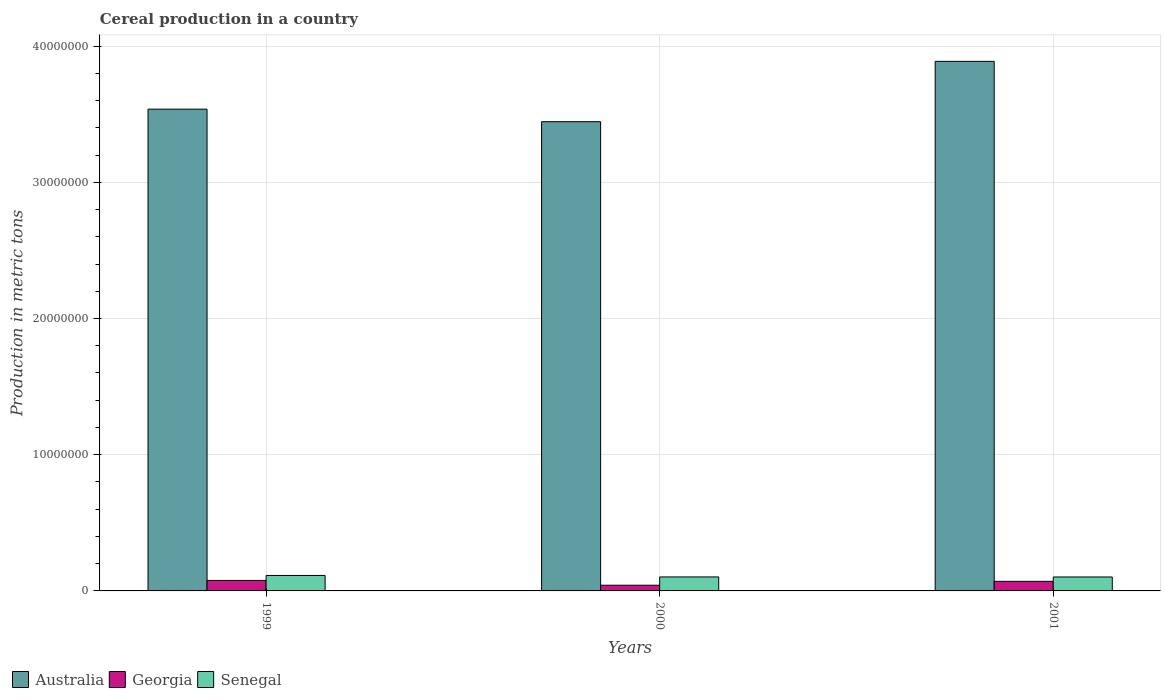
| Years | Australia | Georgia | Senegal |
 | --- | --- | --- | --- |
 | 1999 | 3.54e+07 | 7.71e+05 | 1.13e+06 |
 | 2000 | 3.44e+07 | 4.18e+05 | 1.03e+06 |
 | 2001 | 3.89e+07 | 7.04e+05 | 1.02e+06 |